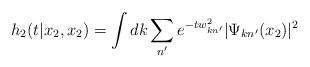
LaTeX: \begin{align*}h_{2}(t|x_2,x_2)=\int dk\sum_{n'}e^{-tw^2_{kn'}}|\Psi_{kn'}(x_2)|^2\end{align*}